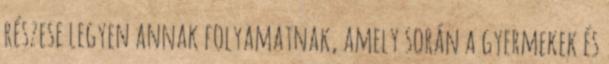
részese legyen annak folyamatnak, amely során a gyermekek és